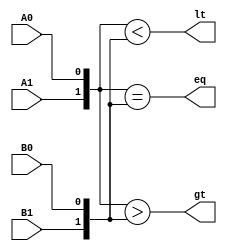
module compare(A1, A0, B1, B0, lt, gt, eq);
    input A1, A0, B1, B0;
    output reg lt, gt, eq;

    always @ (*)
        begin
            lt = ({A1, A0} < {B1, B0});
            gt = ({A1, A0} > {B1, B0});
            eq = ({A1, A0} == {B1, B0});
        end

endmodule